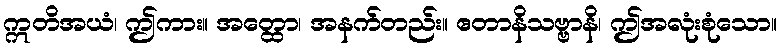
ဣတိအယံ၊ ဤကား။ အတ္ထော၊ အနက်တည်း။ ဧတာနိသဗ္ဗာနိ၊ ဤအလုံးစုံသော။